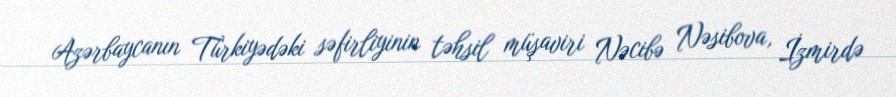
Azərbaycanın Türkiyədəki səfirliyinin təhsil müşaviri Nəcibə Nəsibova, İzmirdə